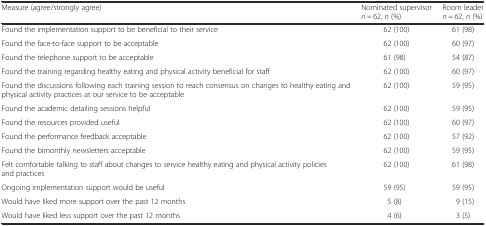
| Measure (agree/strongly agree) | Nominated supervisor n = 62, n (%) | Room leader n = 62, n (%) |
 | --- | --- | --- |
 | Found the implementation support to be beneficial to their service | 62 (100) | 61 (98) |
 | Found the face-to-face support to be acceptable | 62 (100) | 60 (97) |
 | Found the telephone support to be acceptable | 61 (98) | 54 (87) |
 | Found the training regarding healthy eating and physical activity beneficial for staff | 62 (100) | 60 (97) |
 | Found the discussions following each training session to reach consensus on changes to healthy eating and physical activity practices at our service to be acceptable | 62 (100) | 59 (95) |
 | Found the academic detailing sessions helpful | 62 (100) | 59 (95) |
 | Found the resources provided useful | 62 (100) | 60 (97) |
 | Found the performance feedback acceptable | 62 (100) | 57 (92) |
 | Found the bimonthly newsletters acceptable | 62 (100) | 59 (95) |
 | Felt comfortable talking to staff about changes to service healthy eating and physical activity policies and practices | 62 (100) | 61 (98) |
 | Ongoing implementation support would be useful | 59 (95) | 59 (95) |
 | Would have liked more support over the past 12 months | 5 (8) | 9 (15) |
 | Would have liked less support over the past 12 months | 4 (6) | 3 (5) |